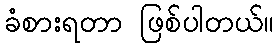
ခံစားရတာ ဖြစ်ပါတယ်။